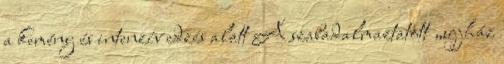
a kemény és intenzív edzés alatt A szabadalmaztatott „ujjház